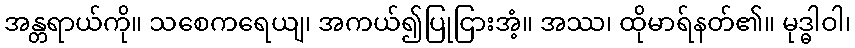
အန္တရာယ်ကို။ သစေကရေယျ၊ အကယ်၍ပြုငြားအံ့။ အဿ၊ ထိုမာရ်နတ်၏။ မုဒ္ဓါဝါ၊